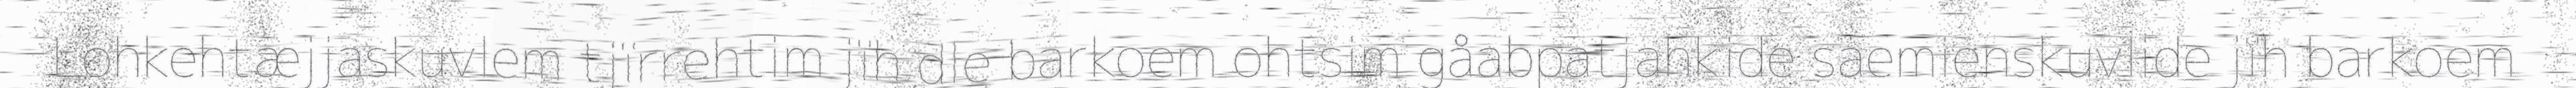
Lohkehtæjjaskuvlem tjïrrehtim jïh dle barkoem ohtsim gåabpatjahkide saemienskuvlide jïh barkoem